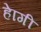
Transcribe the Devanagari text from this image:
हेागी